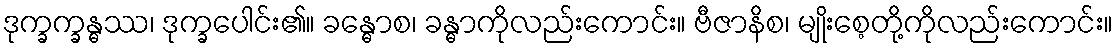
ဒုက္ခက္ခန္ဓဿ၊ ဒုက္ခပေါင်း၏။ ခန္ဓောစ၊ ခန္ဓာကိုလည်းကောင်း။ ဗီဇာနိစ၊ မျိုးစေ့တို့ကိုလည်းကောင်း။